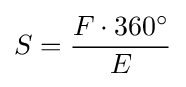
S={\frac {F\cdot 360^{\circ }}{E}}